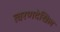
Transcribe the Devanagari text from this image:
त्वरणदेखिल